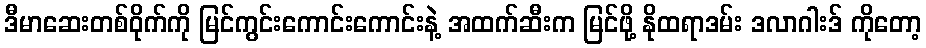
ဒီမာဆေးတစ်ဝိုက်ကို မြင်ကွင်းကောင်းကောင်းနဲ့ အထက်ဆီးက မြင်ဖို့ နိုထရာဒမ်း ဒလာဂါးဒ် ကိုတော့